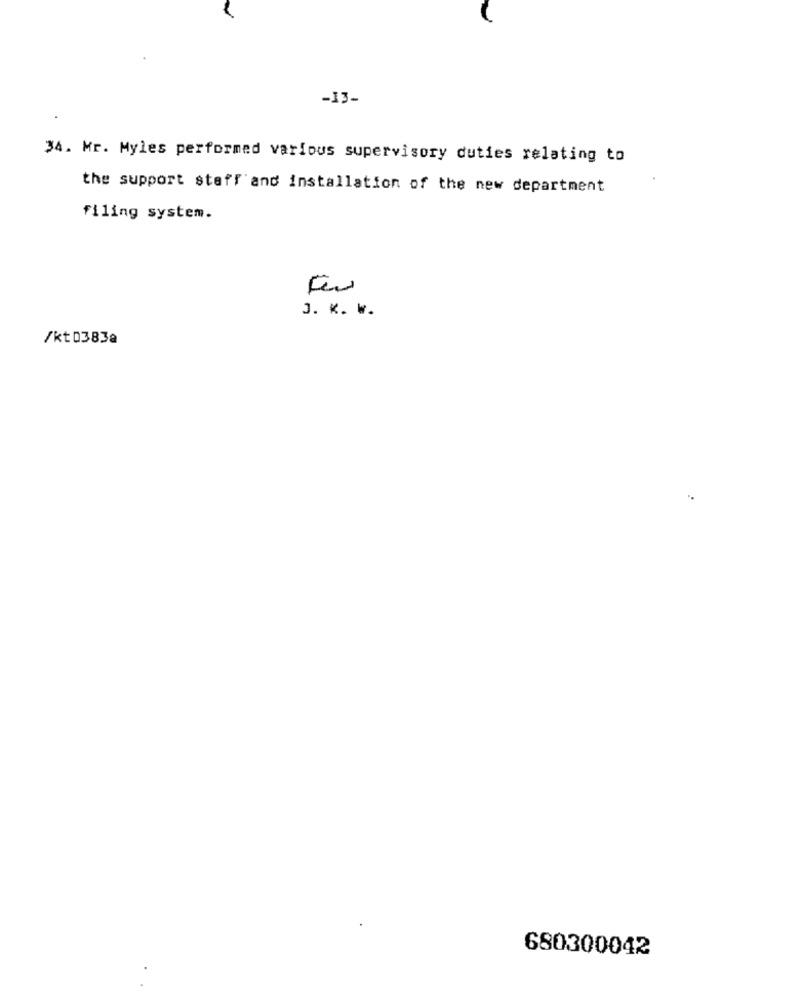
-13-
34. Mr. Myles performed various supervisory duties relating to
the support staff and installation of the new department
filing system.
J. K. W.
/kt 0383a
680300042